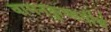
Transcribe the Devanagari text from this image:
वामनकुण्डतीर्थ